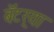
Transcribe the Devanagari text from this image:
बॅटर्‍या